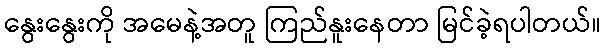
နွေးနွေးကို အမေနဲ့အတူ ကြည်နူးနေတာ မြင်ခဲ့ရပါတယ်။